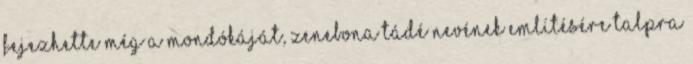
fejezhette még a mondókáját, Zenebona Tádé nevének említésére talpra